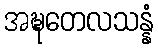
အဍ္ဎတေလသန္နံ